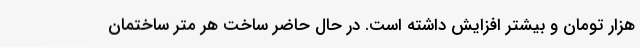
هزار تومان و بیشتر افزایش داشته است. در حال حاضر ساخت هر متر ساختمان